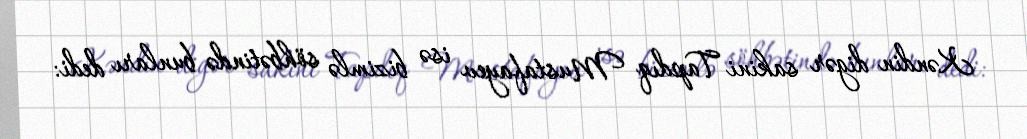
Kəndin digər sakini Tapdıq Mustafayev isə bizimlə söhbətində bunları dedi: